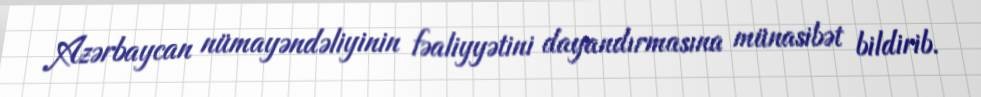
Azərbaycan nümayəndəliyinin fəaliyyətini dayandırmasına münasibət bildirib.